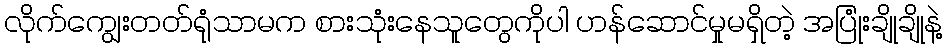
လိုက်ကျွေးတတ်ရုံသာမက စားသုံးနေသူတွေကိုပါ ဟန်ဆောင်မှုမရှိတဲ့ အပြုံးချိုချိုနဲ့